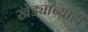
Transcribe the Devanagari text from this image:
खेड्याच्याही